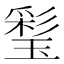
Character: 𤨽